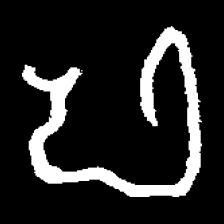
Pyu character \u2014 Myanmar letter: ဖ (romanized: pha)